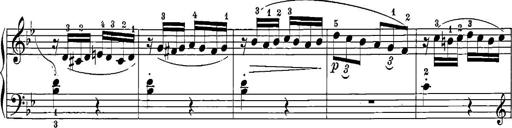
Title: 12 Sonatinas
Composer: Ignaz Pleyel